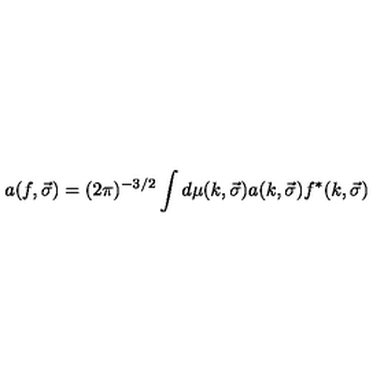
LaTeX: a ( f , \vec { \sigma } ) = ( 2 \pi ) ^ { - 3 / 2 } \int d \mu ( k , \vec { \sigma } ) a ( k , \vec { \sigma } ) f ^ { \ast } ( k , \vec { \sigma } )